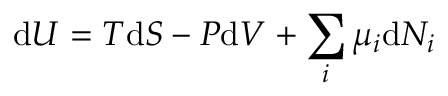
\mathrm { d } U = T \mathrm { d } S - P \mathrm { d } V + \sum _ { i } \mu _ { i } \mathrm { d } N _ { i } \,